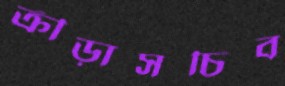
ক্রীড়াসচিব